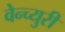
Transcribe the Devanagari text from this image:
वेन्च्युरी